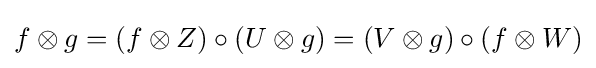
f\otimes g=(f\otimes Z)\circ (U\otimes g)=(V\otimes g)\circ (f\otimes W)